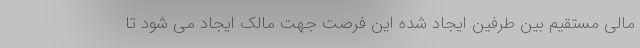
مالی مستقیم بین طرفین ایجاد شده این فرصت جهت مالک ایجاد می شود تا